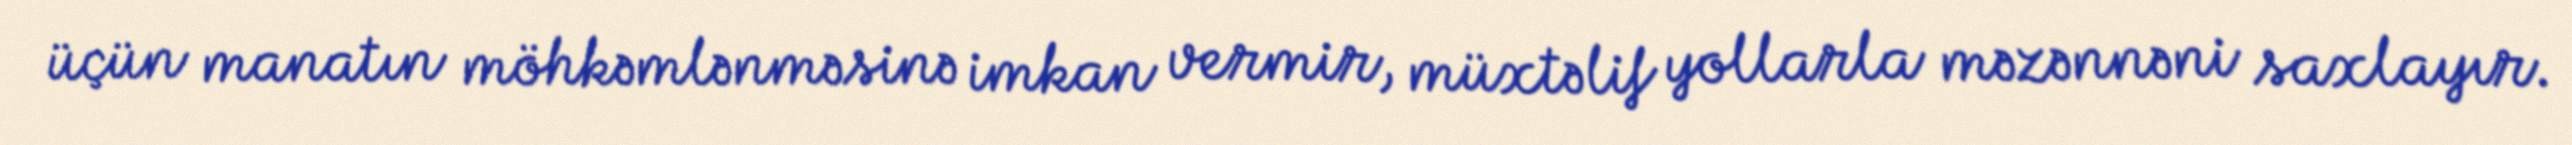
üçün manatın möhkəmlənməsinə imkan vermir, müxtəlif yollarla məzənnəni saxlayır.